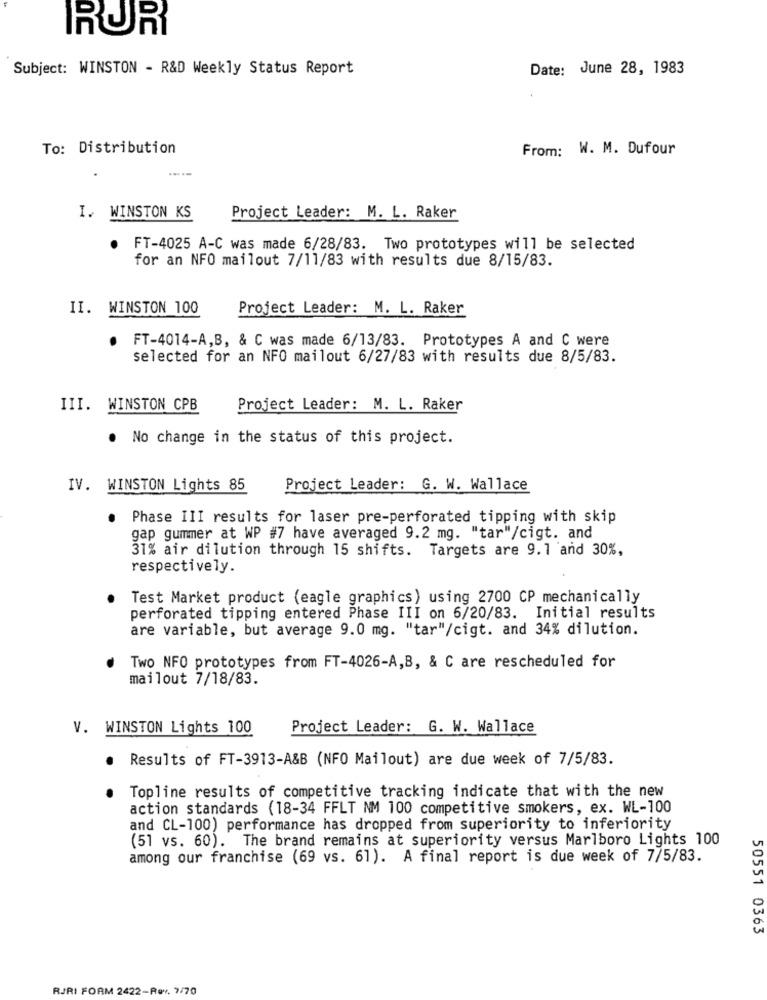
RUR
Subject: WINSTON - R&D Weekly Status Report
Date: June 28, 1983
To: Distribution
From: W. M. Dufour
I. WINSTON KS
Project Leader: M. L. Raker
FT-4025 A-C was made 6/28/83. Two prototypes will be selected
for an NFO mailout 7/11/83 with results due 8/15/83.
II. WINSTON 100
Project Leader: M. L. Raker
FT-4014-A,B, & C was made 6/13/83. Prototypes A and C were
.
selected for an NFO mailout 6/27/83 with results due 8/5/83.
III. WINSTON CPB
Project Leader: M. L. Raker
. No change in the status of this project.
IV. WINSTON Lights 85
Project Leader: G. W. Wallace
Phase III results for laser pre-perforated tipping with skip
gap gummer at WP #7 have averaged 9.2 mg. "tar"/cigt. and
31% air dilution through 15 shifts. Targets are 9.1 and 30%,
respectively.
Test Market product (eagle graphics) using 2700 CP mechanically
perforated tipping entered Phase III on 6/20/83. Initial results
are variable, but average 9.0 mg. "tar"/cigt. and 34% dilution.
Two NFO prototypes from FT-4026-A,B, & C are rescheduled for
mailout 7/18/83.
V. WINSTON Lights 100
Project Leader: G. W. Wallace
Results of FT-3913-A&B (NFO Mailout) are due week of 7/5/83.
Topline results of competitive tracking indicate that with the new
action standards (18-34 FFLT NM 100 competitive smokers, ex. WL-100
and CL-100) performance has dropped from superiority to inferiority
(51 vs. 60). The brand remains at superiority versus Marlboro Lights 100
among our franchise (69 vs. 61). A final report is due week of 7/5/83.
50551 0363
RJRI FORM 2422-Rev. 7/70